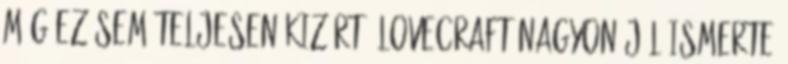
Még ez sem teljesen kizárt. Lovecraft nagyon jól ismerte